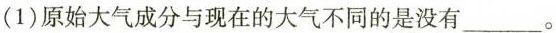
(1) 原始大气成分与现在的大气不同的是没有___。